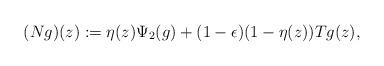
LaTeX: \begin{align*}(Ng)(z):= \eta(z)\Psi_2(g) + (1-\epsilon)(1-\eta(z))Tg(z),\end{align*}